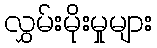
လွှမ်းမိုးမှုများ